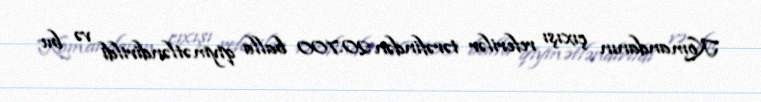
Komandanın çıxışı referilər tərəfindən 20.700 balla qiymətləndirildi və bu